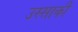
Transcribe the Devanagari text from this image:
उस्साकी